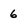
Character: 6